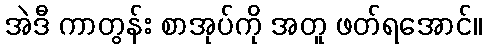
အဲဒီ ကာတွန်း စာအုပ်ကို အတူ ဖတ်ရအောင်။